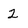
Character: 2